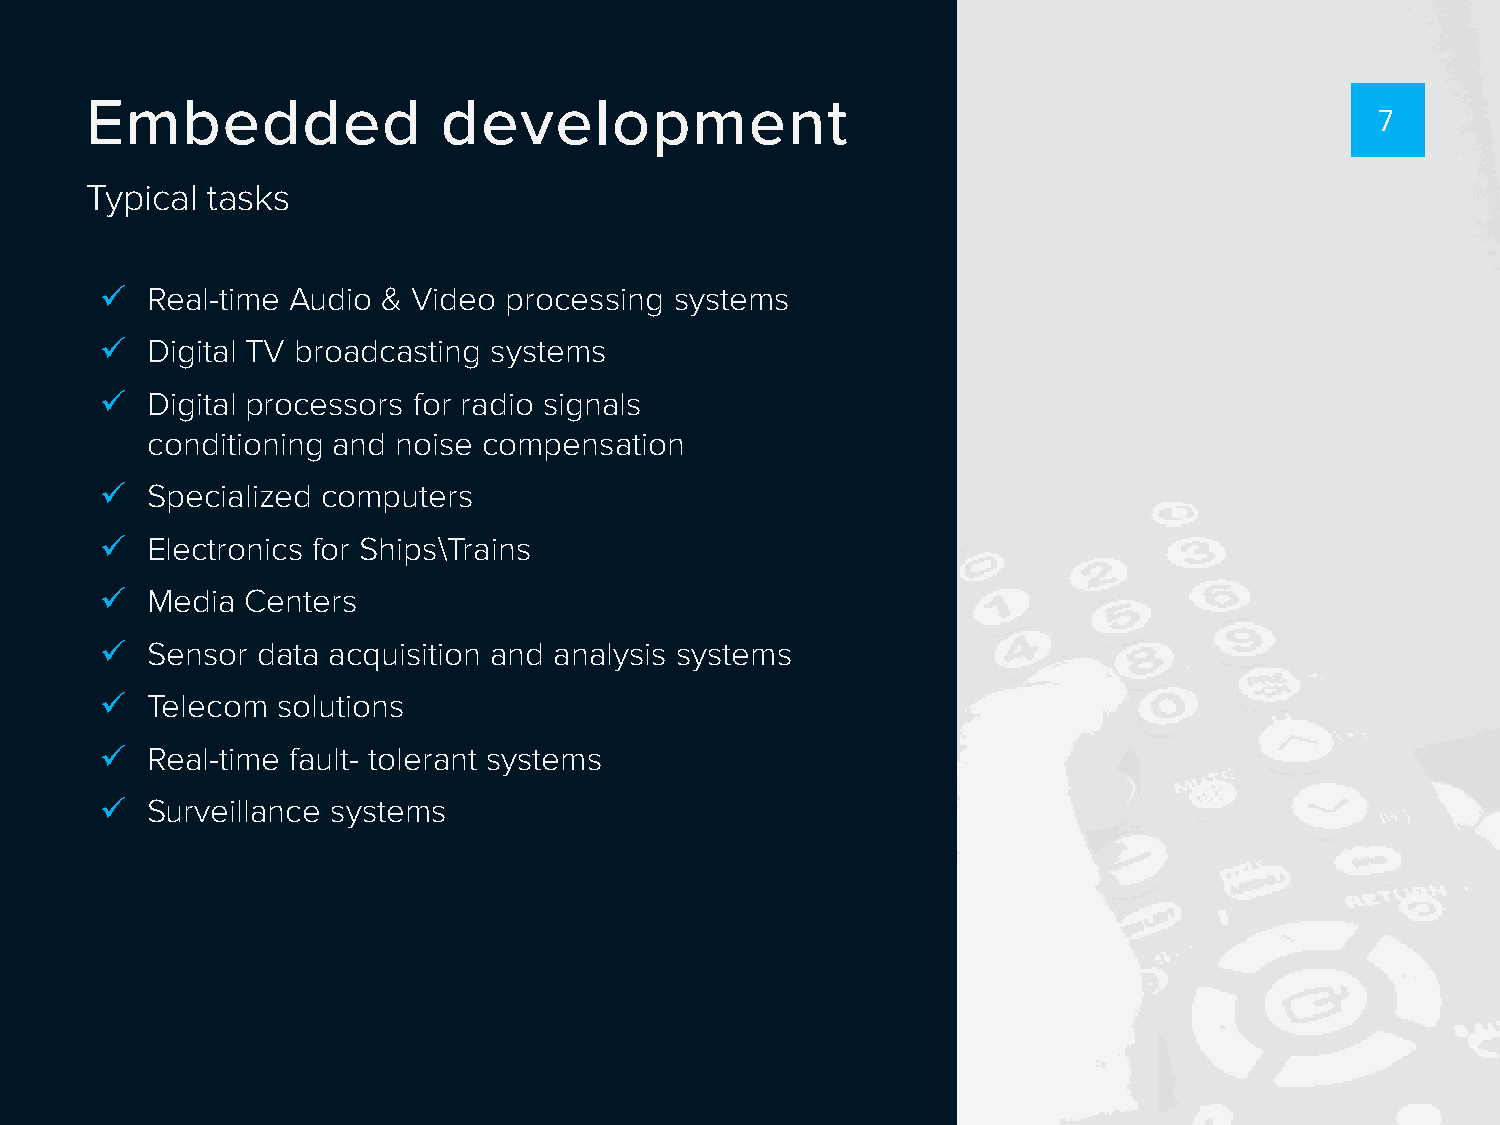
Embedded               development
 77
 Typical tasks
   Real-time Audio & Video processing systems
   Digital TV broadcasting systems
   Digital processors for radio signals
 conditioning and noise compensation
   Specialized computers
   Electronics for Ships\Trains
   Media Centers
   Sensor data acquisition and analysis systems
   Telecom solutions
   Real-time fault- tolerant systems
   Surveillance systems